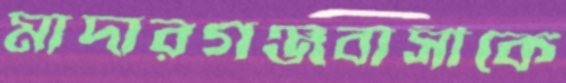
মাদারগঞ্জবাসীকে